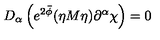
D _ { \alpha } \left( e ^ { 2 \bar { \phi } } ( \eta M \eta ) \partial ^ { \alpha } \chi \right) = 0